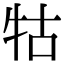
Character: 牯